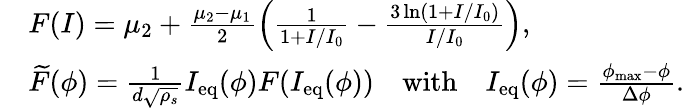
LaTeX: \begin{array}{rl}&{F(I)=\mu_{2}+\frac{\mu_{2}-\mu_{1}}{2}\Big(\frac{1}{1+I/I_{0}}-\frac{3\ln(1+I/I_{0})}{I/I_{0}}\Big),}\\ &{\widetilde{F}(\phi)=\frac{1}{d\sqrt{\rho_{s}}}I_{\mathrm{eq}}(\phi)F(I_{\mathrm{eq}}(\phi))\quad\mathrm{with}\quad I_{\mathrm{eq}}(\phi)=\frac{\phi_{\mathrm{max}}-\phi}{\Delta\phi}.}\end{array}